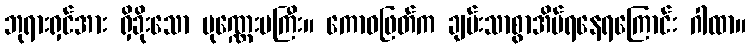
ဘုရားရှင်အား ရှိခိုးသော ပုဏ္ဏေးမကြီး။ ကောဓဖြတ်က ချမ်းသာစွာအိပ်ရနေရကြောင်း ဂါထာ။